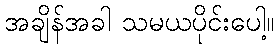
အချိန်အခါ သမယပိုင်းပေါ့။